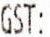
GST: